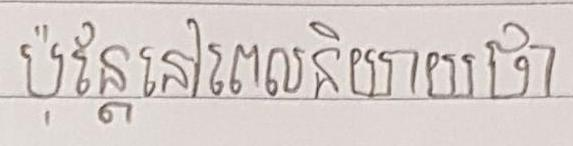
ប៉ុន្តែនៅពេលនិយាយថា